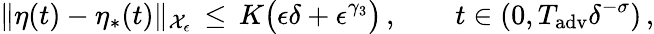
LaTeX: \| \eta(t)-\eta_{*}(t)\| _{\mathcal{X}_{\epsilon}}\, \le\, K\bigl(\epsilon\delta+\epsilon^{\gamma_{3}}\bigr)\, ,\qquad t\in(0,T_{\mathrm{adv}}\delta^{-\sigma})\, ,